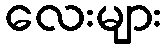
လေးများ